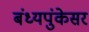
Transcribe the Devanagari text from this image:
बंध्यपुंकेसर